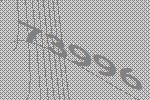
73996